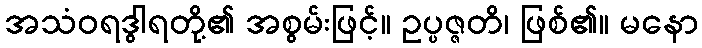
အသံဝရဒွါရတို့၏ အစွမ်းဖြင့်။ ဥပ္ပဇ္ဇတိ၊ ဖြစ်၏။ မနော